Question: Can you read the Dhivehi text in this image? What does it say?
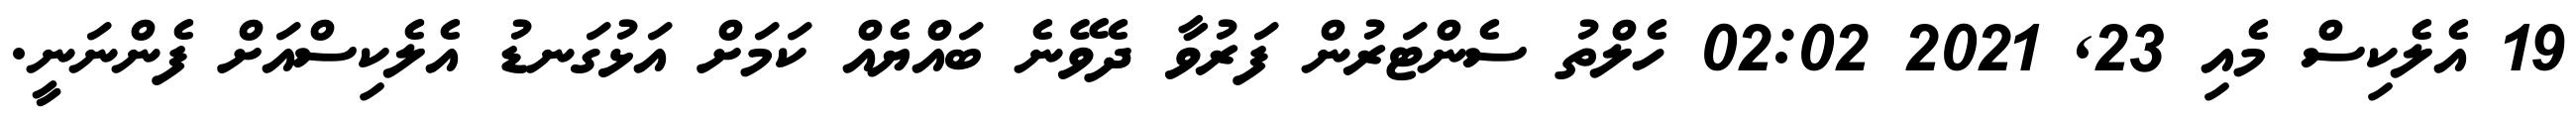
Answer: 19 އެލެކިސް މެއި 23, 2021 02:02 ހެލްތު ސެންޓަރުން ފަރުވާ ދެވޭނެ ބައްޔެއް ކަމަށް އަޅުގަނޑު އެލެކިސްއަށް ފެންނަނީ.